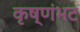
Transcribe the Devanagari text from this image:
कृष्णंभट